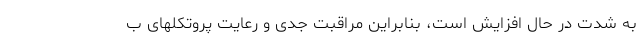
به شدت در حال افزایش است، بنابراین مراقبت جدی و رعایت پروتکلهای ب